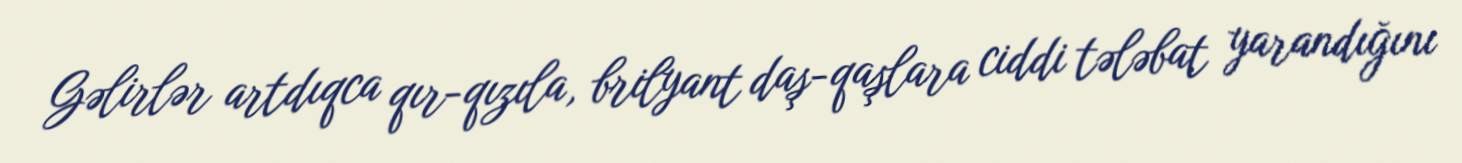
Gəlirlər artdıqca qır-qızıla, brilyant daş-qaşlara ciddi tələbat yarandığını